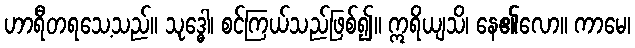
ဟာရီတရသေ့သည်။ သုဒ္ဓေါ၊ စင်ကြယ်သည်ဖြစ်၍။ ဣရိယျသိ၊ နေ၏လော။ ကာမေ၊